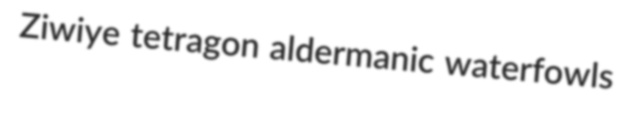
Ziwiye tetragon aldermanic waterfowls